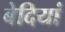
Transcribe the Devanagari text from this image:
बेदियां